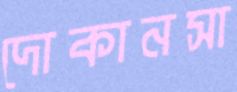
দোকানসা